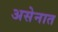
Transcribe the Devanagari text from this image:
असेनात